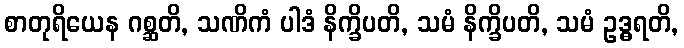
စာတုရိယေန ဂစ္ဆတိ, သဏိကံ ပါဒံ နိက္ခိပတိ, သမံ နိက္ခိပတိ, သမံ ဥဒ္ဓရတိ,